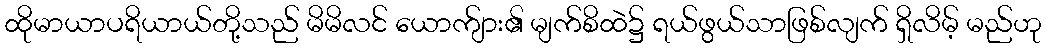
ထိုမာယာပရိယာယ်တို့သည် မိမိလင် ယောက်ျား၏ မျက်စိထဲ၌ ရယ်ဖွယ်သာဖြစ်လျက် ရှိလိမ့် မည်ဟု